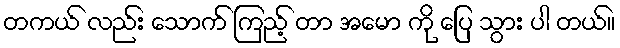
တကယ် လည်း သောက် ကြည့် တာ အမော ကို ပြေ သွား ပါ တယ်။